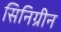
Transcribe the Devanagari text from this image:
सिनिग्रीन